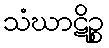
သံဃာဋိဉ္စ